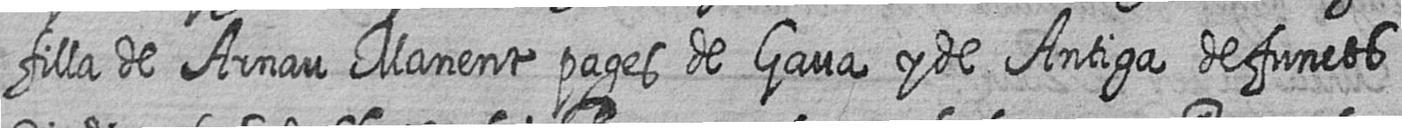
filla de Arnau Manent pages de Gava y de Antiga defuncts